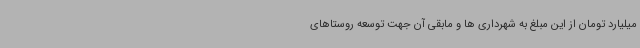
میلیارد تومان از این مبلغ به شهرداری ها و مابقی آن جهت توسعه روستاهای